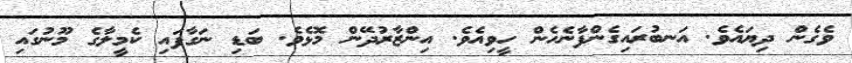
ވެގެން ދިޔައެވެ. އަނބުރައިގެންފާނެހެން ހީވިއެވެ. އިންޒާރުދޭން މޮޅެވެ. ބަޑި ނަގާފައި ކެމީލާގެ މޫނުގައި